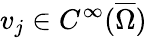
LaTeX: v_{j}\in C^{\infty}(\overline{{\Omega}})